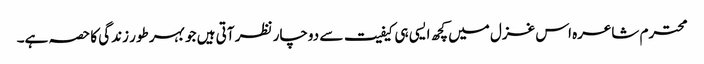
محترم شاعرہ اس غزل میں کچھ ایسی ہی کیفیت سے دوچار نظر آتی ہیں جو بہر طور زندگی کا حصہ ہے۔